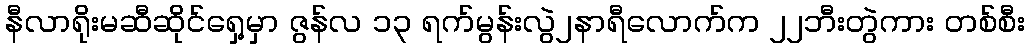
နီလာရိုးမဆီဆိုင်ရှေ့မှာ ဇွန်လ ၁၃ ရက်မွန်းလွဲ၂နာရီလောက်က ၂၂ဘီးတွဲကား တစ်စီး